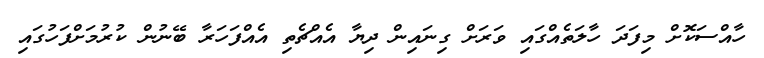
ހާއްސަކޮށް މިފަދަ ހާލަތެއްގައި ވަރަށް ގިނައިން ދިޔާ އެއްޗެތި އެއްފަހަރާ ބޭނުން ކުރުމަށްފަހުގައި